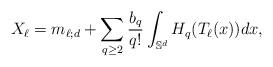
LaTeX: \begin{align*}X_\ell=m_{\ell;d}+\sum_{q \geq 2} \frac{b_q}{q!} \int_{\mathbb S^d} H_q(T_\ell(x)) dx,\end{align*}